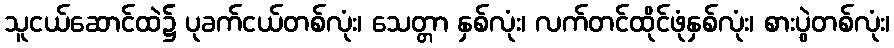
သူငယ်ဆောင်ထဲ၌ ပုခက်ငယ်တစ်လုံး၊ သေတ္တာ နှစ်လုံး၊ လက်တင်ထိုင်ဖုံနှစ်လုံး၊ စားပွဲတစ်လုံး၊